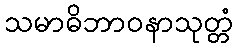
သမာဓိဘာဝနာသုတ္တံ